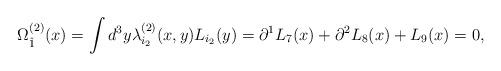
LaTeX: \begin{align*}\Omega^{(2)}_{\hat 1}(x) = \int d^3y \lambda^{(2)}_{i_2} (x,y) L_{i_2}(y)= \partial^1 L_7(x) + \partial^2 L_8(x) + L_9(x) = 0,\end{align*}